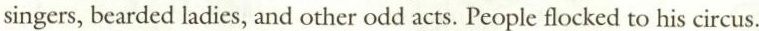
singers, bearded ladies, and other odd acts. People flocked to his circus.